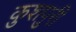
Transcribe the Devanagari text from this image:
कुशपुरी